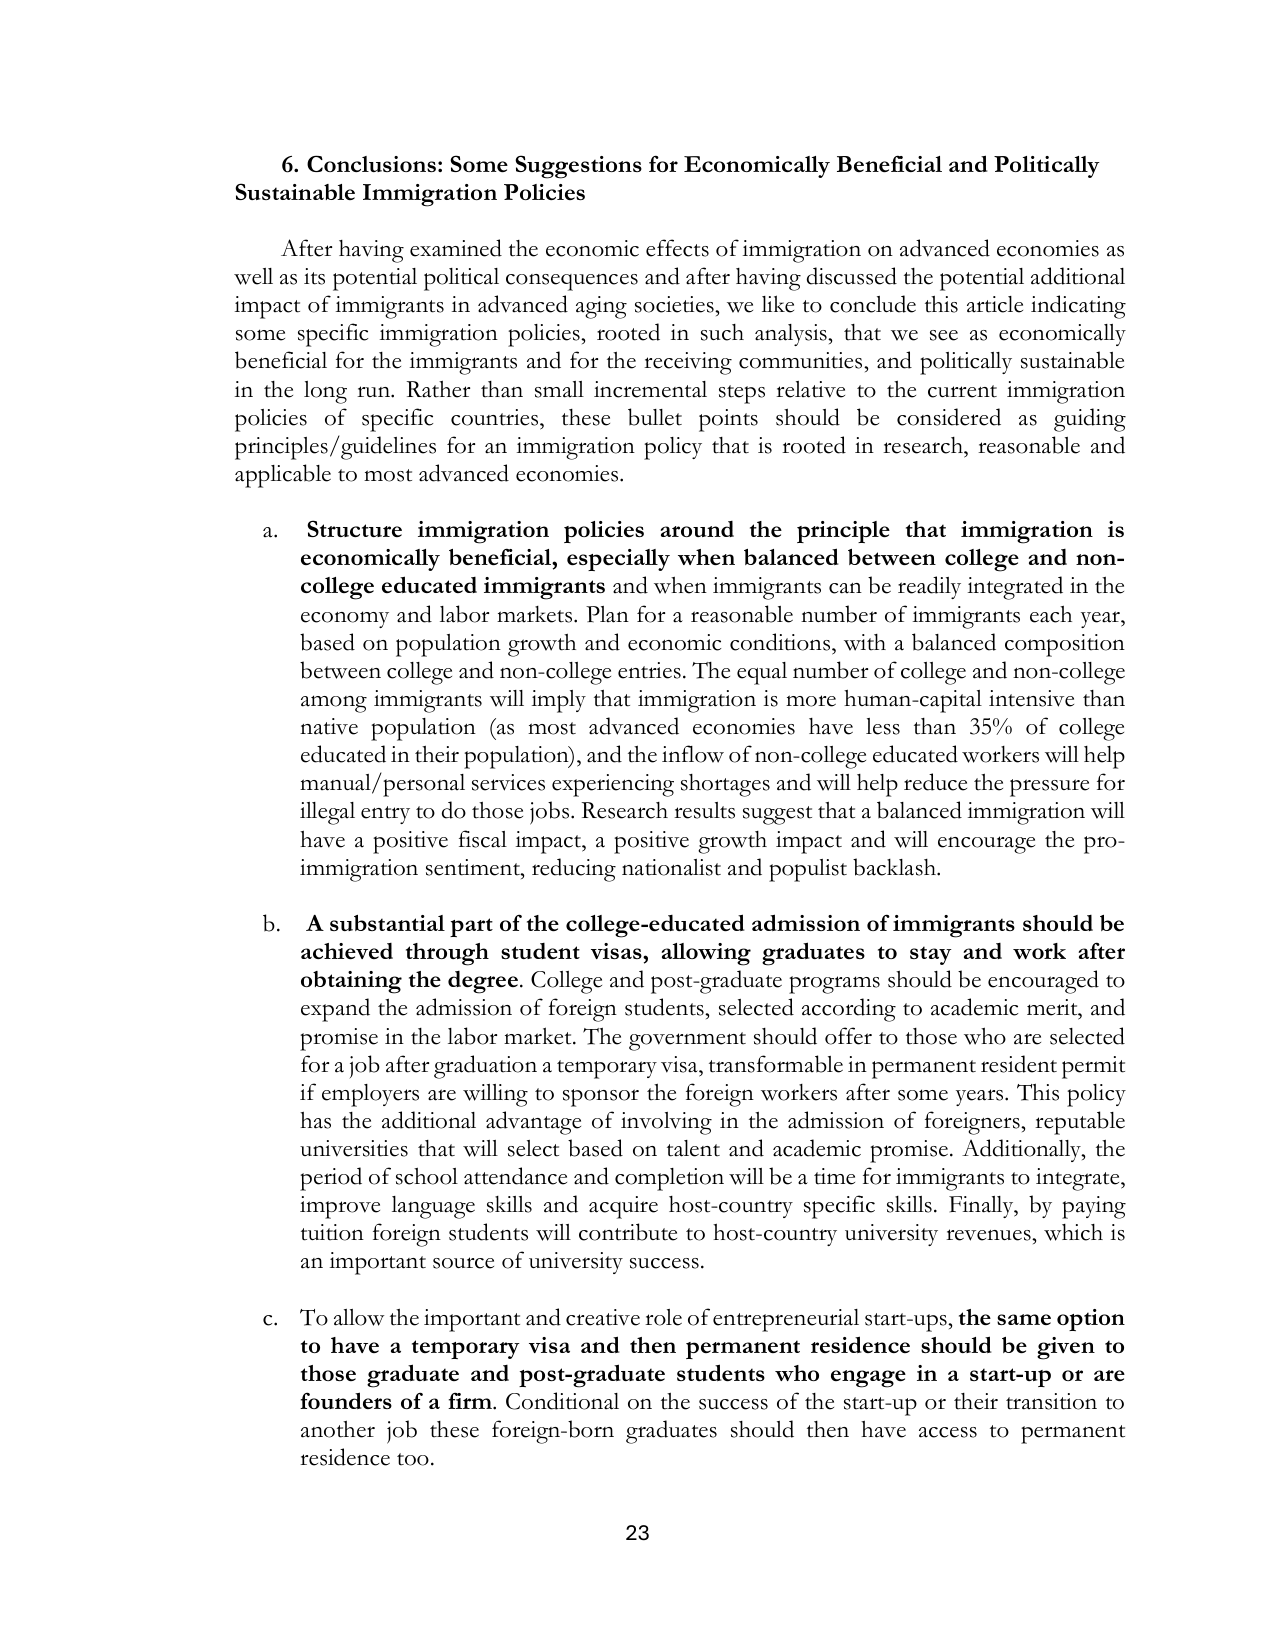
6. Conclusions: Some Suggestions for Economically Beneficial and Politically Sustainable Immigration Policies

After having examined the economic effects of immigration on advanced economies as well as its potential political consequences and after having discussed the potential additional impact of immigrants in advanced aging societies, we like to conclude this article indicating some specific immigration policies, rooted in such analysis, that we see as economically beneficial for the immigrants and for the receiving communities, and politically sustainable in the long run. Rather than small incremental steps relative to the current immigration policies of specific countries, these bullet points should be considered as guiding principles/guidelines for an immigration policy that is rooted in research, reasonable and applicable to most advanced economies.

a. Structure immigration policies around the principle that immigration is economically beneficial, especially when balanced between college and non-college educated immigrants and when immigrants can be readily integrated in the economy and labor markets. Plan for a reasonable number of immigrants each year, based on population growth and economic conditions, with a balanced composition between college and non-college entries. The equal number of college and non-college among immigrants will imply that immigration is more human-capital intensive than native population (as most advanced economies have less than 35% of college educated in their population), and the inflow of non-college educated workers will help manual/personal services experiencing shortages and will help reduce the pressure for illegal entry to do those jobs. Research results suggest that a balanced immigration will have a positive fiscal impact, a positive growth impact and will encourage the pro-immigration sentiment, reducing nationalist and populist backlash.

b. A substantial part of the college-educated admission of immigrants should be achieved through student visas, allowing graduates to stay and work after obtaining the degree. College and post-graduate programs should be encouraged to expand the admission of foreign students, selected according to academic merit, and promise in the labor market. The government should offer to those who are selected for a job after graduation a temporary visa, transformable in permanent resident permit if employers are willing to sponsor the foreign workers after some years. This policy has the additional advantage of involving in the admission of foreigners, reputable universities that will select based on talent and academic promise. Additionally, the period of school attendance and completion will be a time for immigrants to integrate, improve language skills and acquire host-country specific skills. Finally, by paying tuition foreign students will contribute to host-country university revenues, which is an important source of university success.

c. To allow the important and creative role of entrepreneurial start-ups, the same option to have a temporary visa and then permanent residence should be given to those graduate and post-graduate students who engage in a start-up or are founders of a firm. Conditional on the success of the start-up or their transition to another job these foreign-born graduates should then have access to permanent residence too.

23